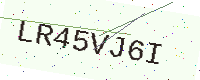
Text: LR45VJ6I